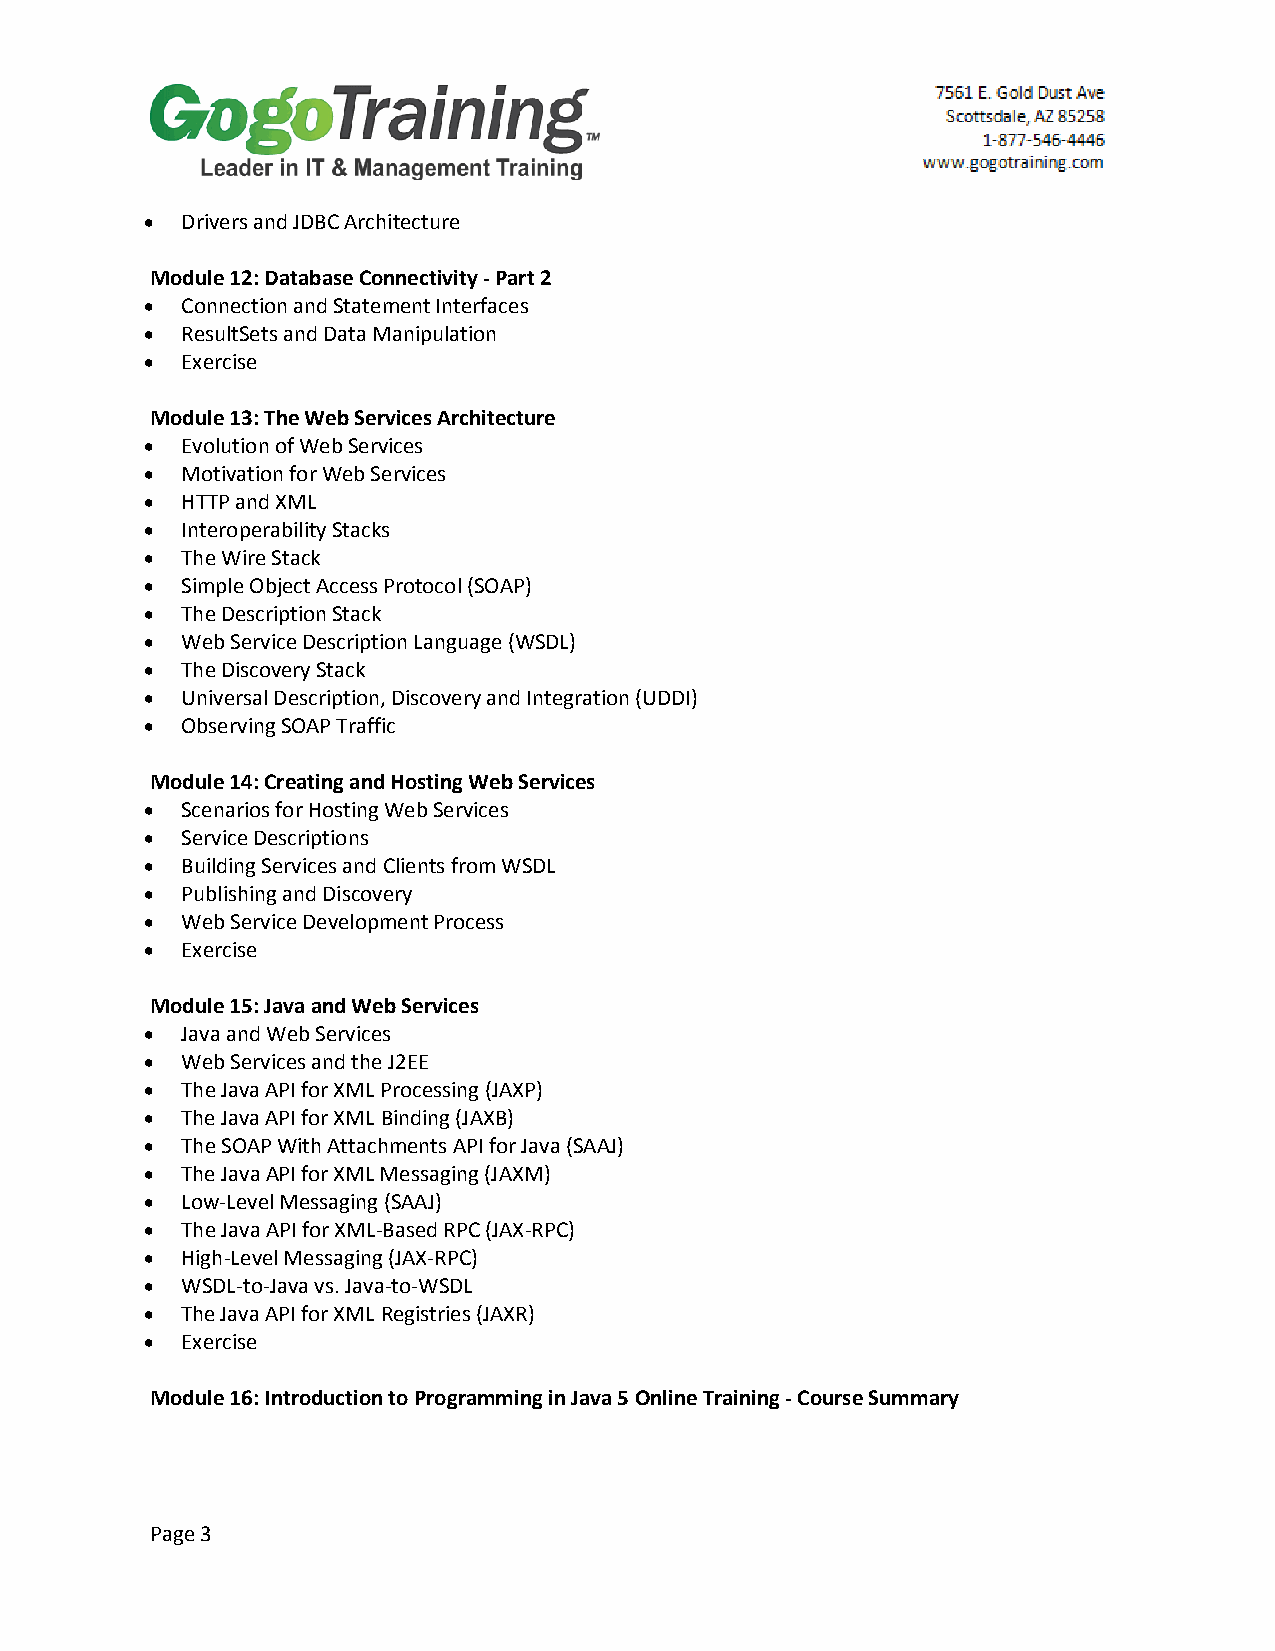
• Drivers and JDBC Architecture
 Module 12: Database Connectivity - Part 2
 • Connection and Statement Interfaces
 • ResultSets and Data Manipulation
 • Exercise
 Module 13: The Web Services Architecture
 • Evolution of Web Services
 • Motivation for Web Services
 • HTTP and XML
 • Interoperability Stacks
 • The Wire Stack
 • Simple Object Access Protocol (SOAP)
 • The Description Stack
 • Web Service Description Language (WSDL)
 • The Discovery Stack
 • Universal Description, Discovery and Integration (UDDI)
 • Observing SOAP Traffic
 Module 14: Creating and Hosting Web Services
 • Scenarios for Hosting Web Services
 • Service Descriptions
 • Building Services and Clients from WSDL
 • Publishing and Discovery
 • Web Service Development Process
 • Exercise
 Module 15: Java and Web Services
 • Java and Web Services
 • Web Services and the J2EE
 • The Java API for XML Processing (JAXP)
 • The Java API for XML Binding (JAXB)
 • The SOAP With Attachments API for Java (SAAJ)
 • The Java API for XML Messaging (JAXM)
 • Low-Level Messaging (SAAJ)
 • The Java API for XML-Based RPC (JAX-RPC)
 • High-Level Messaging (JAX-RPC)
 • WSDL-to-Java vs. Java-to-WSDL
 • The Java API for XML Registries (JAXR)
 • Exercise
 Module 16: Introduction to Programming in Java 5 Online Training - Course Summary
 Page 3